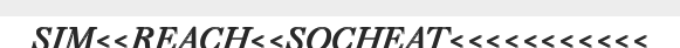
SIM<<REACH<<SOCHEAT<<<<<<<<<<<